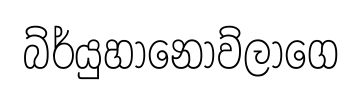
බ්ර්යුහානොව්ලාගෙ